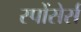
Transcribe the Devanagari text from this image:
स्पोंसेर्स